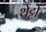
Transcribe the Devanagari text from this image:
थेट्टो